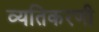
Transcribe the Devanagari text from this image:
व्यतिकरणी